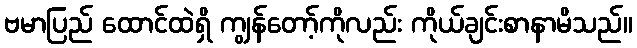
ဗမာပြည် ထောင်ထဲရှိ ကျွန်တော့်ကိုလည်း ကိုယ်ချင်းစာနာမိသည်။